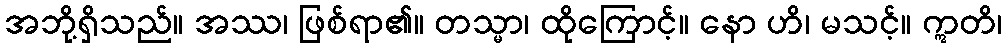
အဘို့ရှိသည်။ အဿ၊ ဖြစ်ရာ၏။ တသ္မာ၊ ထိုကြောင့်။ နော ဟိ၊ မသင့်။ ဣတိ၊